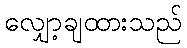
လျှော့ချထားသည်